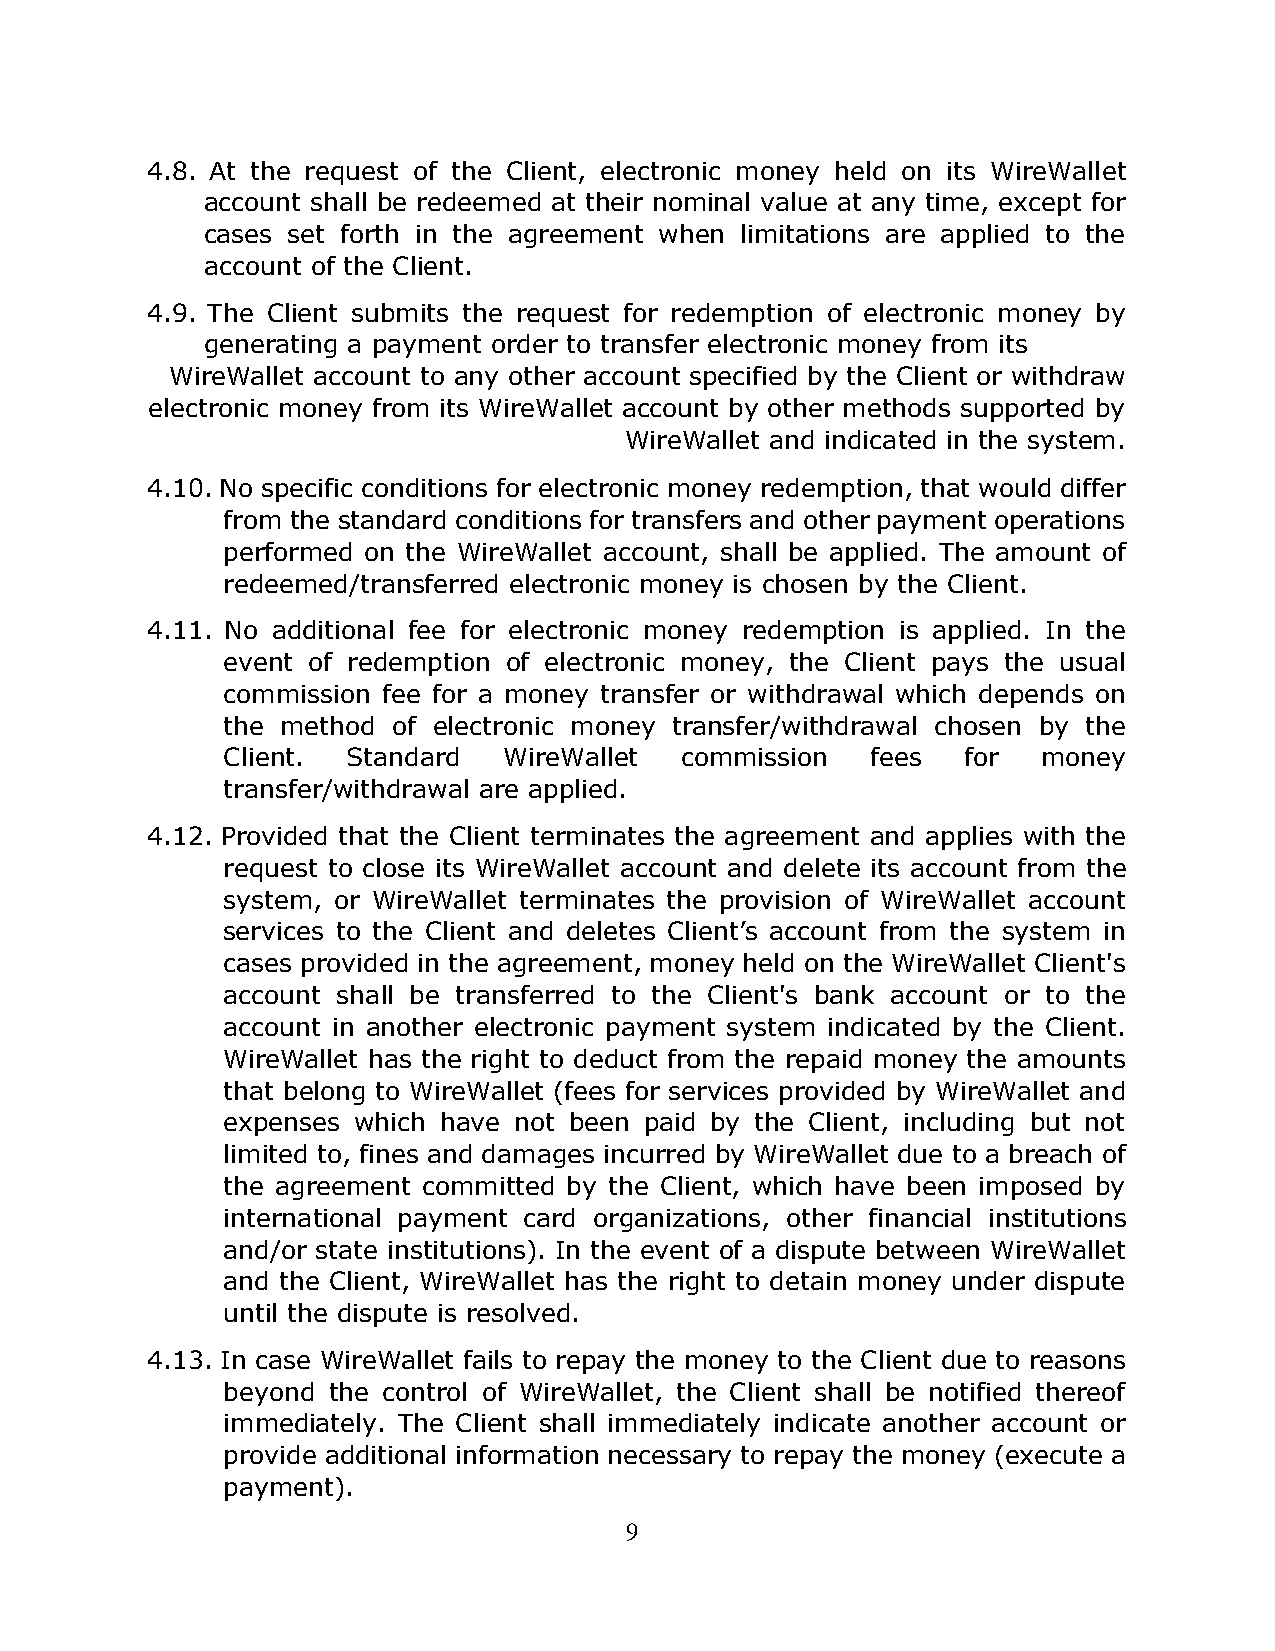
4.8. At the request of the Client, electronic money held on its WireWallet
 account shall be redeemed at their nominal value at any time, except for
 cases set forth in the agreement when limitations are applied to the
 account of the Client.
 4.9. The Client submits the request for redemption of electronic money by
 generating a payment order to transfer electronic money from its
 WireWallet account to any other account specified by the Client or withdraw
 electronic money from its WireWallet account by other methods supported by
 WireWallet and indicated in the system.
 4.10. No specific conditions for electronic money redemption, that would differ
 from the standard conditions for transfers and other payment operations
 performed on the WireWallet account, shall be applied. The amount of
 redeemed/transferred electronic money is chosen by the Client.
 4.11. No additional fee for electronic money redemption is applied. In the
 event of redemption of electronic money, the Client pays the usual
 commission fee for a money transfer or withdrawal which depends on
 the method of electronic money transfer/withdrawal chosen by the
 Client. Standard  WireWallet  commission   fees  for  money
 transfer/withdrawal are applied.
 4.12. Provided that the Client terminates the agreement and applies with the
 request to close its WireWallet account and delete its account from the
 system, or WireWallet terminates the provision of WireWallet account
 services to the Client and deletes Client’s account from the system in
 cases provided in the agreement, money held on the WireWallet Client's
 account shall be transferred to the Client's bank account or to the
 account in another electronic payment system indicated by the Client.
 WireWallet has the right to deduct from the repaid money the amounts
 that belong to WireWallet (fees for services provided by WireWallet and
 expenses which have not been paid by the Client, including but not
 limited to, fines and damages incurred by WireWallet due to a breach of
 the agreement committed by the Client, which have been imposed by
 international payment card organizations, other financial institutions
 and/or state institutions). In the event of a dispute between WireWallet
 and the Client, WireWallet has the right to detain money under dispute
 until the dispute is resolved.
 4.13. In case WireWallet fails to repay the money to the Client due to reasons
 beyond the control of WireWallet, the Client shall be notified thereof
 immediately. The Client shall immediately indicate another account or
 provide additional information necessary to repay the money (execute a
 payment).
 9